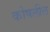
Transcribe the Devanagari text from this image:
कोषलील